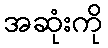
အဆုံးကို